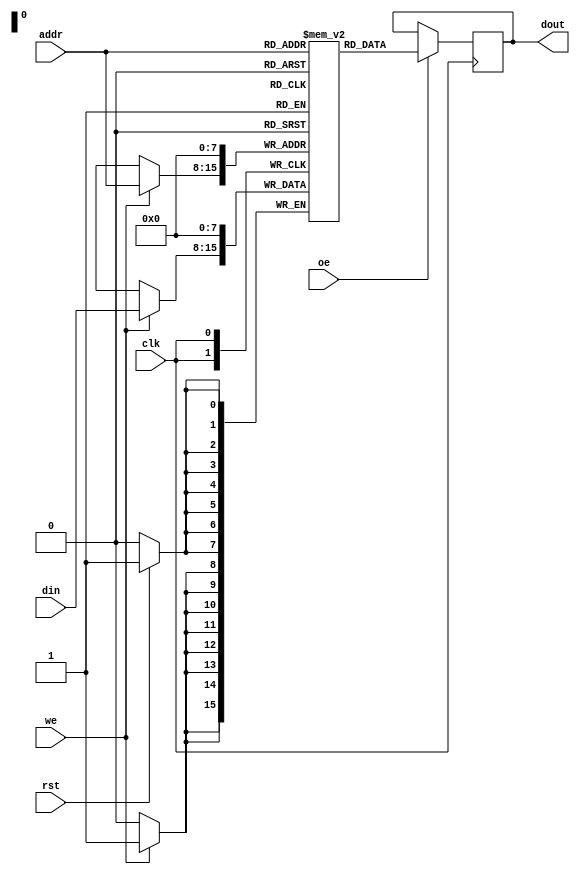
`timescale 1ns / 1ps
//////////////////////////////////////////////////////////////////////////////////
// Company: 
// Engineer: 
// 
// Design Name: 
// Module Name: ram
// Project Name: 
// Target Devices: 
// Tool Versions: 
// Description: 
// 
// Dependencies: 
// 
// Revision:
// Revision 0.01 - File Created
// Additional Comments:
// 
//////////////////////////////////////////////////////////////////////////////////


module RAM(
    output reg [7:0] dout,
    input [7:0] din,
    input [7:0] addr,
    input oe,
    input we,
    input rst,
    input clk
);

reg [7:0] mem [255:0];

always @(posedge clk)
    begin
        if(rst)
        begin
            mem[0] <= 0;
        end
        if(we)
        begin
            mem[addr] <= din;
        end
        if(oe)
        begin
            dout <= mem[addr];
        end
    end
endmodule